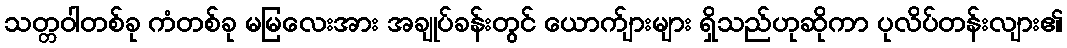
သတ္တဝါတစ်ခု ကံတစ်ခု မမြလေးအား အချုပ်ခန်းတွင် ယောက်ျားများ ရှိသည်ဟုဆိုကာ ပုလိပ်တန်းလျား၏